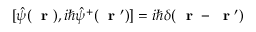
[ \hat { \psi } ( \mathrm { ~ \bf ~ r ~ } ) , i \hbar \hat { \psi } ^ { + } ( \mathrm { ~ \bf ~ r ~ } ^ { \prime } ) ] = i \hbar \delta ( \mathrm { ~ \bf ~ r ~ } - \mathrm { ~ \bf ~ r ~ } ^ { \prime } )